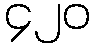
၄၂၀